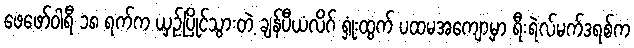
ဖေဖော်ဝါရီ ၁၈ ရက်က ယှဉ်ပြိုင်သွားတဲ့ ချန်ပီယံလိဂ် ရှုံးထွက် ပထမအကျော့မှာ ရီးရဲလ်မက်ဒရစ်က